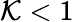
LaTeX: \mathcal{K}<1